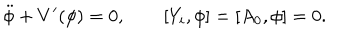
\ddot { \phi } + V ^ { \prime } ( \phi ) = 0 , \qquad [ Y _ { i } , \phi ] = [ A _ { 0 } , \phi ] = 0 .